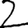
Digit: 2